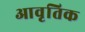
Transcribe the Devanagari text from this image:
आवृतिक